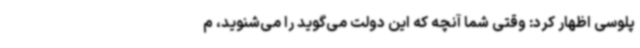
پلوسی اظهار کرد: وقتی شما آنچه که این دولت می‌گوید را می‌شنوید، م